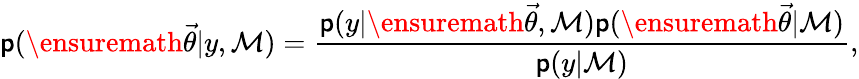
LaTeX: \mathsf{p}(\ensuremath{{\vec{{\theta}}}}|y,\mathcal{{M}})=\frac{{\mathsf{p}(y|\ensuremath{{\vec{{\theta}}}},\mathcal{{M}})\mathsf{p}(\ensuremath{{\vec{{\theta}}}}|\mathcal{{M}})}}{{\mathsf{p}(y|\mathcal{{M}})}},